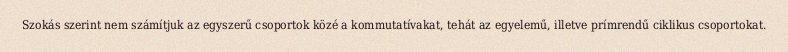
Szokás szerint nem számítjuk az egyszerű csoportok közé a kommutatívakat, tehát az egyelemű, illetve prímrendű ciklikus csoportokat.